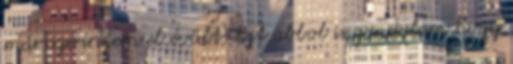
már szerintem el évült. Ezt abbol is gondolom hogy